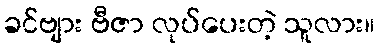
ခင်ဗျား ဗီဇာ လုပ်ပေးတဲ့ သူလား။